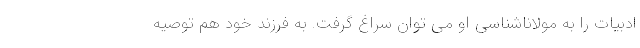
ادبیات را به مولاناشناسی او می توان سراغ گرفت. به فرزند خود هم توصیه